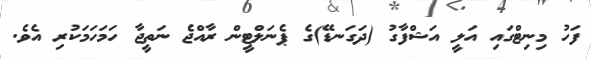
ފަހު މިނިޓްގައި އަލީ އަޝްފާގު (ދަގަނޑޭ)ގެ ޕެނަލްޓީން ރާއްޖެ ނަތީޖާ ހަމަހަމަކުރި އެވެ.